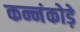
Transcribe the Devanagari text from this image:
कन्नंकोड़े